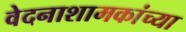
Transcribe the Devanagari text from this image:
वेदनाशामकांच्या